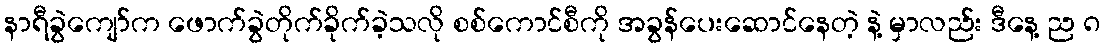
နာရီခွဲကျော်က ဖောက်ခွဲတိုက်ခိုက်ခဲ့သလို စစ်ကောင်စီကို အခွန်ပေးဆောင်နေတဲ့ နဲ့ မှာလည်း ဒီနေ့ ည ၈